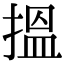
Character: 搵